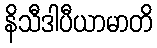
နိသီဒါပီယာမာတိ